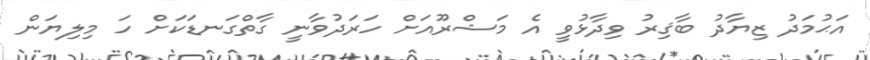
އަޙުމަދު ޒިޔާދު ބާޤިރު ވިދާޅުވީ އެ މަޝްރޫއަށް ހަރަދުވާނީ ގާތްގަނޑަކަށް ހަ މިލިޔަން